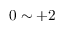
0 \sim + 2